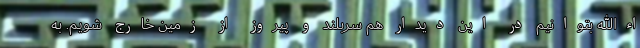
اءالله بتوانیم در این دیدار هم سربلند و پیروز از زمین خارج شویم. به